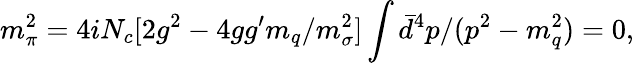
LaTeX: m_{\pi}^{2}=4iN_{c}[2g^{2}-4gg^{\prime}m_{q}/m_{\sigma}^{2}]\int\bar{d}^{4}p/(p^{2}-m_{q}^{2})=0,